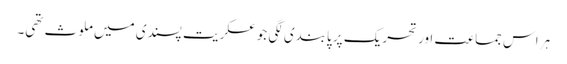
ہر اس جماعت اور تحریک پر پابندی لگی جو عسکریت پسندی میں ملوث تھی۔